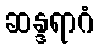
ဆန္ဒရာဂံ